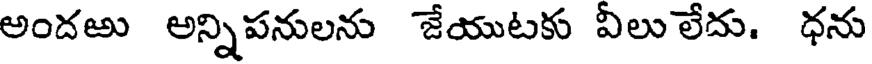
అందఱు అన్నిపనులను జేయుటకు వీలు లేదు. ధను